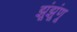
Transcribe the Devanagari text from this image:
झूंझूंणू